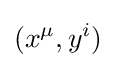
(x^{\mu },y^{i})